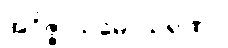
အဝိဇ္ဇာသမောသရဏာ